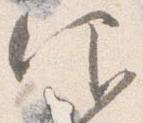
仰